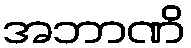
အဘာဏိ